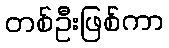
တစ်ဦးဖြစ်ကာ